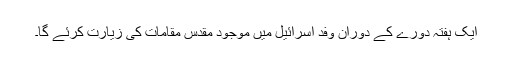
ایک ہفتہ دورے کے دوران وفد اسرائیل میں موجود مقدس مقامات کی زیارت کرئے گا۔